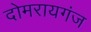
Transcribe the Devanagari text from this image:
दोमरायगंज